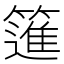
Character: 𥳟